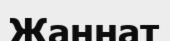
Жаннат